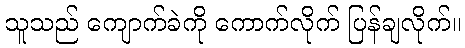
သူသည် ကျောက်ခဲကို ကောက်လိုက် ပြန်ချလိုက်။